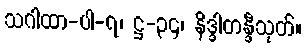
သဂါထာ-ပါ-၇၊ ဋ္ဌ-၃၄၊ နိဒ္ဒါတန္ဒီသုတ်။